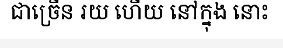
ជាច្រើន រយ ហើយ នៅក្នុង នោះ